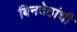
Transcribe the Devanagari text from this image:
बिनदेठांची